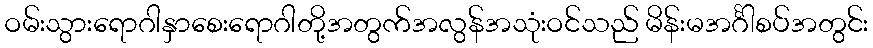
ဝမ်းသွားရောဂါနှာစေးရောဂါတို့အတွက်အလွန်အသုံးဝင်သည် မိန်းမအင်္ဂါစပ်အတွင်း